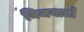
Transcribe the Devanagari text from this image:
निजवार्ता